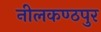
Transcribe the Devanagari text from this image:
नीलकण्ठपुर